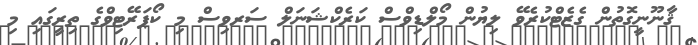
ޤާނޫނީގޮތުން ގެޒެޓްކުރެވޭ ލިޔުން މޯލްޑިވްސް ކަރެކްޝަނަލް ސަރވިސް މި ކޯޕަރޭޓިވްގެ ތިރީގައި މި